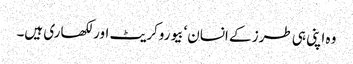
وہ اپنی ہی طرز کے انسان‘ بیوروکریٹ اور لکھاری ہیں۔